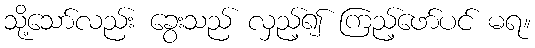
သို့သော်လည်း ခွေးသည် လှည့်၍ ကြည့်ဖော်ပင် မရ။